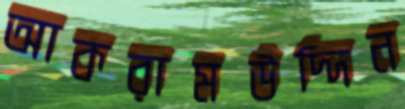
আকরামউদ্দিন